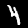
Digit: 4